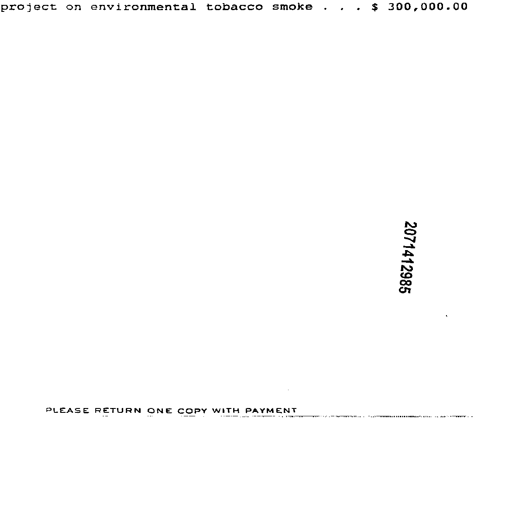
project on environmental tobacco smoke . . . $ 300,000.00
2071412985
PLEASE RETURN ONE COPY WITH PAYMENT